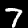
Label: 7